Report of the Bombay Plague Committee
Disease focus: Plague
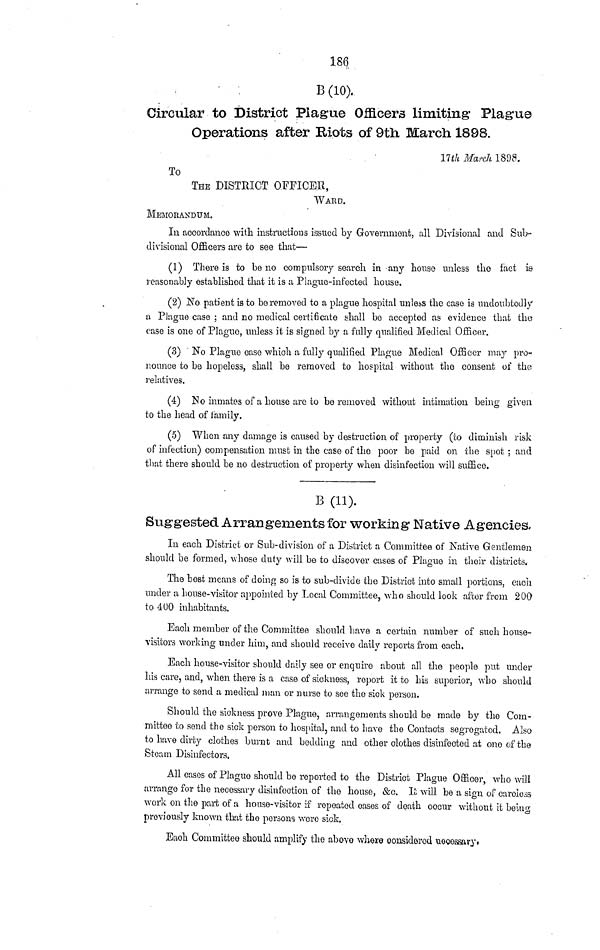
186
B (10).
Circular to District Plague Officers limiting Plague
Operations after Riots of 9th March 1898.
17th March 1898.
To
THE DISTRICT OFFICER,
WARD.
MEMORANDUM.
In accordance with instructions issued by Government, all Divisional and Sub-
divisional Officers are to see that—
(1) There is to be no compulsory search in -any house unless the fact is
reasonably established that it is a Plague-infected house.
(2) No patient is to be removed to a plague hospital unless the case is undoubtedly
a Plague case ; and no medical certificate shall be accepted as evidence that the
case is one of Plague, unless it is signed by a fully qualified Medical Officer.
(3) No Plague case which a fully qualified Plague Medical Officer may pro-
nounce to be hopeless, shall be removed to hospital without the consent of the
relatives.
(4) No inmates of a house are to bo removed without intimation being given
to the head of family.
(5) When any damage is caused by destruction of property (to diminish risk
of infection) compensation must in the case of the poor be paid on the spot; and
that there should be no destruction of property when disinfection will suffice.
B (11).
Suggested Arrangements for working Native Agencies-
In each District or Sub-division of a District a Committee of Native Gentlemen
should be formed, whose duty will be to discover cases of Plague in their districts.
The best means of doing so is to sub-divide the District into small portions, each
under a house-visitor appointed by Local Committee, who should look after from 200
to 400 inhabitants.
Each member of the Committee should have a certain number of such house-
visitors working under him, and should receive daily reports from each.
Each house-visitor should daily see or enquire about all the people put under
his care, and, when there is a case of sickness, report it to his superior, who should
arrange to send a medical man or nurse to see the sick person.
Should the sickness prove Plague, arrangements should be made by the Com-
mittee to send the sick person to hospital, and to have the Contacts segregated. Also
to have dirty clothes burnt and bedding and other clothes disinfected at one of the
Steam Disinfectors.
All cases of Plague should bo reported to the District Plague Officer, who will
arrange for the necessary disinfection of the house, &o. It will be a sign of caroloas
work on the part of a house-visitor if repeated oases of death occur without it being
previously known that the persons wore sick.
Eaoh Committee should amplify the above where considered necessary*